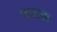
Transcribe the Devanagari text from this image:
पाराक